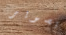
تصوير